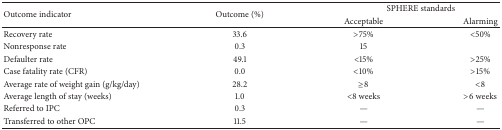
<table><thead><tr><td rowspan="2"><b>Outcome indicator</b></td><td rowspan="2"><b>Outcome (%)</b></td><td colspan="2"><b>SPHERE standards</b></td></tr><tr><td><b>Acceptable</b></td><td><b>Alarming</b></td></tr></thead><tbody><tr><td>Recovery rate</td><td>33.6</td><td>&gt;75%</td><td>&lt;50%</td></tr><tr><td>Nonresponse rate </td><td>0.3</td><td>15</td><td> </td></tr><tr><td>Defaulter rate</td><td>49.1</td><td>&lt;15%</td><td>&gt;25%</td></tr><tr><td>Case fatality rate (CFR) </td><td>0.0</td><td>&lt;10% </td><td>&gt;15%</td></tr><tr><td>Average rate of weight gain (g/kg/day)</td><td>28.2</td><td>≥8</td><td>&lt;8</td></tr><tr><td>Average length of stay (weeks)</td><td>1.0</td><td>&lt;8 weeks</td><td>&gt;6 weeks</td></tr><tr><td>Referred to IPC</td><td>0.3</td><td>—</td><td>—</td></tr><tr><td>Transferred to other OPC</td><td>11.5</td><td>—</td><td>—</td></tr></tbody></table>